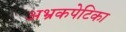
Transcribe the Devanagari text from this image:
अभ्रकपेटिका